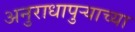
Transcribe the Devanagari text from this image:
अनुराधापुऱ्याच्या